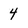
Character: 4